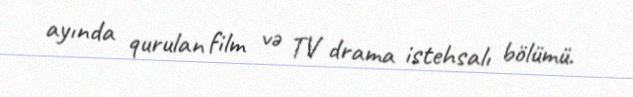
ayında qurulan film və TV drama istehsalı bölümü.